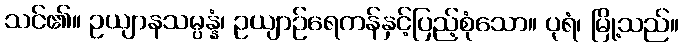
သင်၏။ ဥယျာနသမ္ပန္နံ၊ ဥယျာဉ်ရေကန်နှင့်ပြည့်စုံသော။ ပုရံ၊ မြို့သည်။